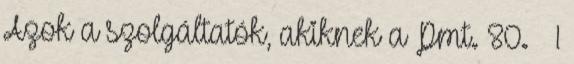
Azok a szolgáltatók, akiknek a Pmt. 80. § 1